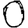
Digit: 0